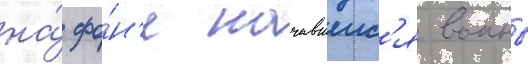
на́ фо́н'е начавшеис'я воины